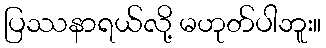
ပြဿနာရယ်လို့ မဟုတ်ပါဘူး။